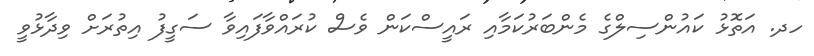
ހދ. އަތޮޅު ކައުންސިލްގެ މެންބަރުކަމާއި ރައީސްކަން ވެސް ކުރައްވާފައިވާ ސަގީފު އިތުރަށް ވިދާޅުވީ